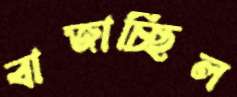
বাজাচ্ছিল